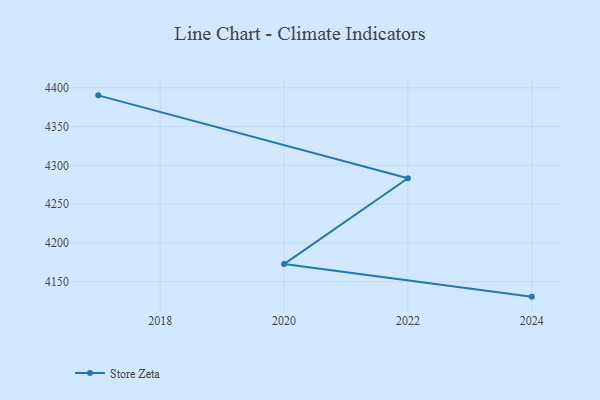
{"axis": {"x": "Year", "y": "Website Visitors"}, "legend": ["Store Zeta"], "data": [{"x": "2017", "y": 4390.3, "type": "Store Zeta"}, {"x": "2022", "y": 4283.4, "type": "Store Zeta"}, {"x": "2020", "y": 4172.6, "type": "Store Zeta"}, {"x": "2024", "y": 4130.6, "type": "Store Zeta"}]}